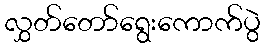
လွှတ်တော်ရွေးကောက်ပွဲ